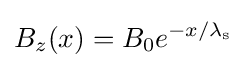
B_{z}(x)=B_{0}e^{-x/\lambda _{\rm {s}}}